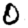
Digit: 0